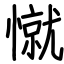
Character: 憱